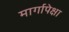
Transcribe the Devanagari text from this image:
मार्गापेक्षा